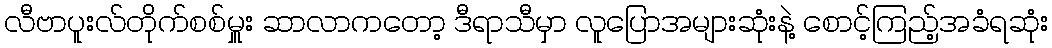
လီဗာပူးလ်တိုက်စစ်မှူး ဆာလာကတော့ ဒီရာသီမှာ လူပြောအများဆုံးနဲ့ စောင့်ကြည့်အခံရဆုံး